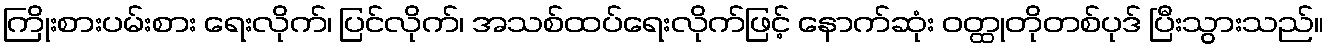
ကြိုးစားပမ်းစား ရေးလိုက်၊ ပြင်လိုက်၊ အသစ်ထပ်ရေးလိုက်ဖြင့် နောက်ဆုံး ဝတ္ထုတိုတစ်ပုဒ် ပြီးသွားသည်။